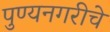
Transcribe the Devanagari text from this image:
पुण्यनगरीचे